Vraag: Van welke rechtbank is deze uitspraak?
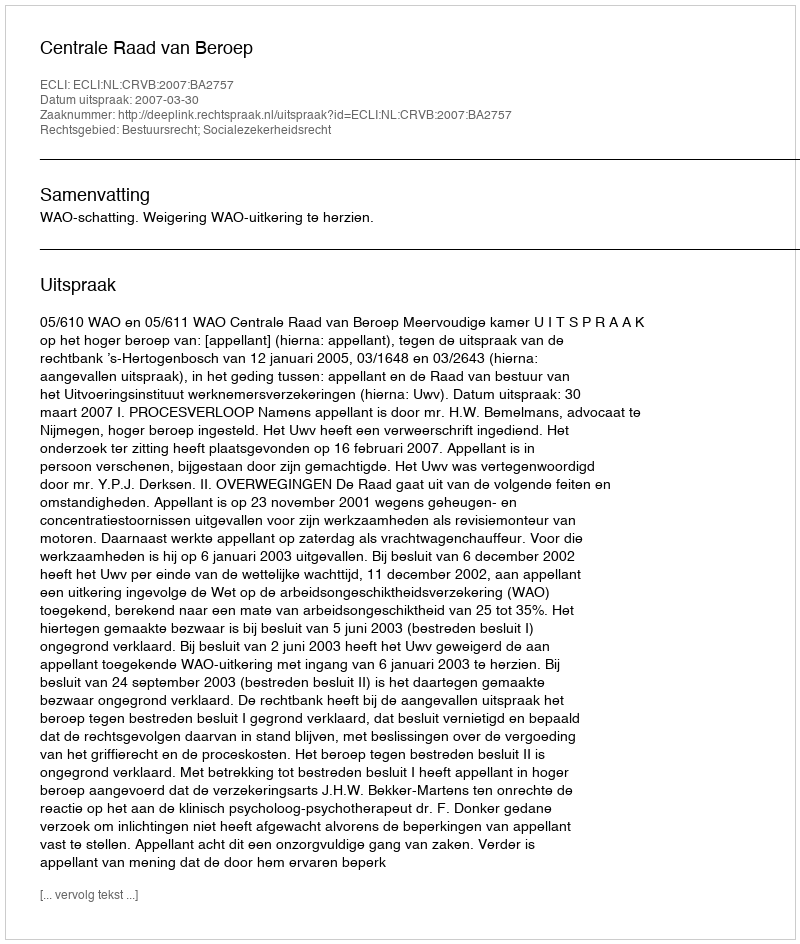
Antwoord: Centrale Raad van Beroep